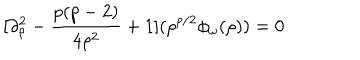
[ \partial _ { \rho } ^ { 2 } - { \frac { p ( p - 2 ) } { 4 \rho ^ { 2 } } } + 1 ] ( \rho ^ { p / 2 } \phi _ { \omega } ( \rho ) ) = 0